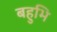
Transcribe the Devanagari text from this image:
बहुभि